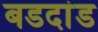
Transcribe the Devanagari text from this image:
बडदांड